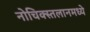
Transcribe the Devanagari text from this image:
नोचिक्स्तलानमध्ये